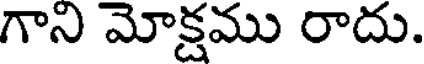
గాని మోక్షము రాదు.